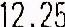
12.25